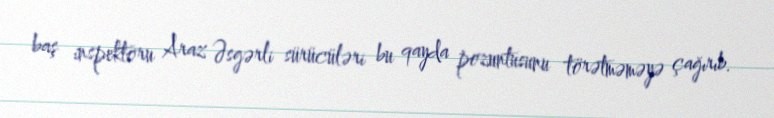
baş inspektoru Araz Əsgərli sürücüləri bu qayda pozuntusunu törətməməyə çağırıb.